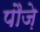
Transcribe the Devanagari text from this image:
पौज़े